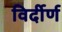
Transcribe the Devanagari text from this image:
विर्दीर्ण